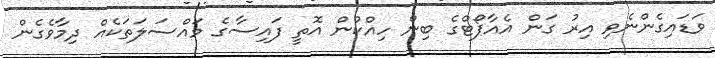
ވަޑައިގެންނެވި އިރު ގަން އެއާޕޯޓްގެ ބިން ހިއްކުން އޮތީ ފައިސާގެ މައްސަލަތަކެއް ދިމާވެގެން